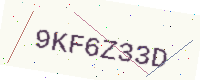
Text: 9KF6Z33D